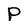
Character: P